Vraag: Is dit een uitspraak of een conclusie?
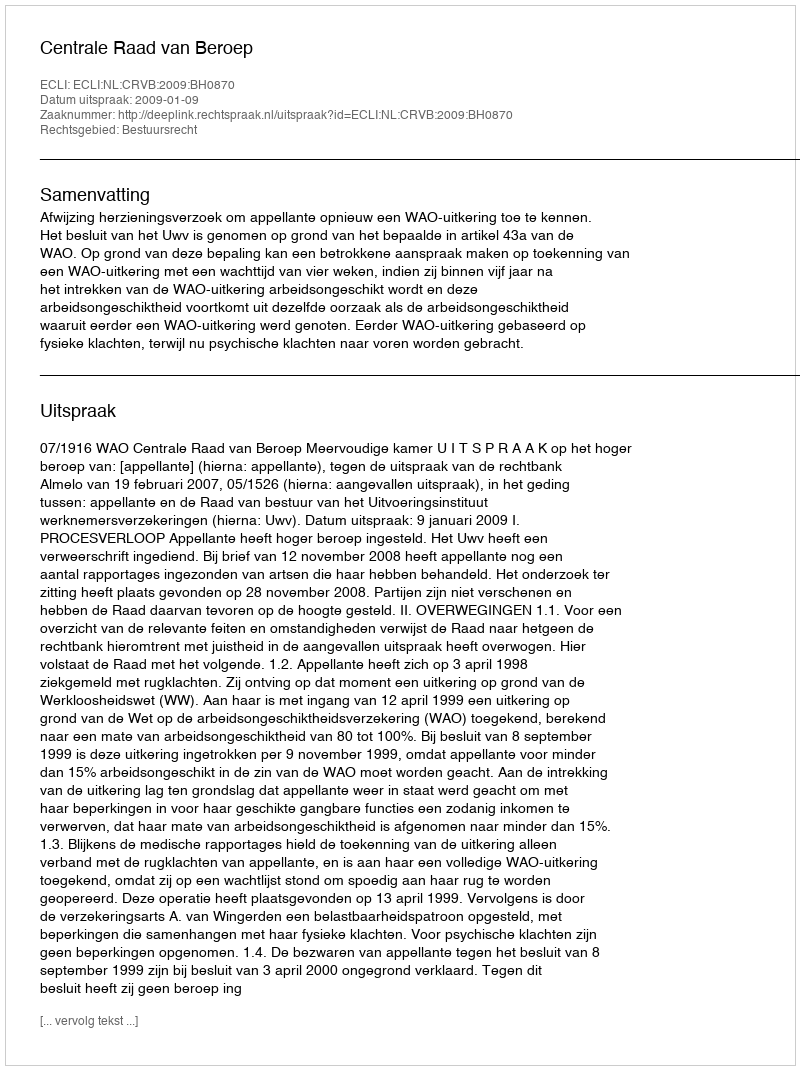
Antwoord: Uitspraak